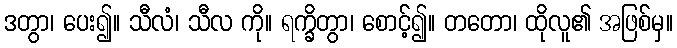
ဒတွာ၊ ပေး၍။ သီလံ၊ သီလ ကို။ ရက္ခိတွာ၊ စောင့်၍။ တတော၊ ထိုလူ၏ အဖြစ်မှ။